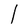
Character: l